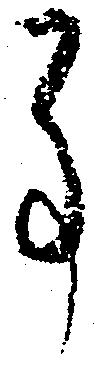
事